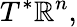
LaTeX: T^{*}\mathbb{R}^{n},